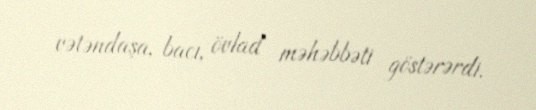
vətəndaşa, bacı, övlad məhəbbəti göstərərdi.